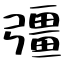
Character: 彊